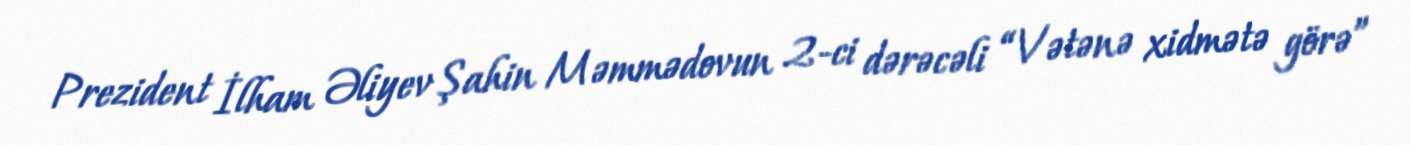
Prezident İlham Əliyev Şahin Məmmədovun 2-ci dərəcəli “Vətənə xidmətə görə”